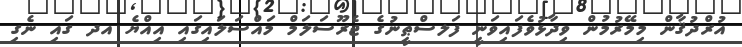
އުރްދުޤާން މިމޭރުމުން ވިދާޅުވެފައިވަނީ ފަަލސްޠީނުގެ ޖެރޫސަލަމް މައްސަލައިގައި އިއްޔެ އދ ގައި ނެގި